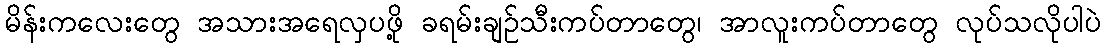
မိန်းကလေးတွေ အသားအရေလှပဖို့ ခရမ်းချဉ်သီးကပ်တာတွေ၊ အာလူးကပ်တာတွေ လုပ်သလိုပါပဲ